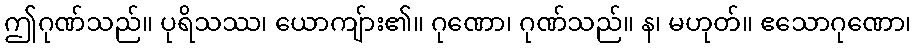
ဤဂုဏ်သည်။ ပုရိသဿ၊ ယောကျ်ား၏။ ဂုဏော၊ ဂုဏ်သည်။ န၊ မဟုတ်။ ဧသောဂုဏော၊